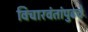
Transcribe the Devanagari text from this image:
विचारवंतांपुढचे